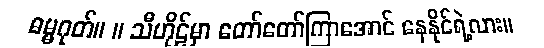
ဓမ္မဂုတ်။ ။ သီဟိုဠ်မှာ တော်တော်ကြာအောင် နေနိုင်ရဲ့လား။